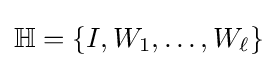
\mathbb {H} =\{I,W_{1},\ldots ,W_{\ell }\}